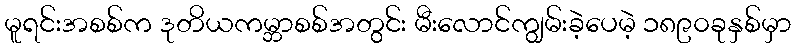
မူရင်းအစစ်က ဒုတိယကမ္ဘာစစ်အတွင်း မီးလောင်ကျွမ်းခဲ့ပေမဲ့ ၁၈၉၀ခုနှစ်မှာ